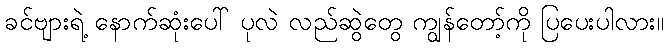
ခင်ဗျားရဲ့ နောက်ဆုံးပေါ် ပုလဲ လည်ဆွဲတွေ ကျွန်တော့်ကို ပြပေးပါလား။